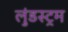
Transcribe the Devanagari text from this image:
लुंडस्ट्रम